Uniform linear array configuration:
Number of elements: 24
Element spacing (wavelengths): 0.25
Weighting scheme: cosine
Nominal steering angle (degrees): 15
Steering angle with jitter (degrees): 16.149
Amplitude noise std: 0.05
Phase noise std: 0.05

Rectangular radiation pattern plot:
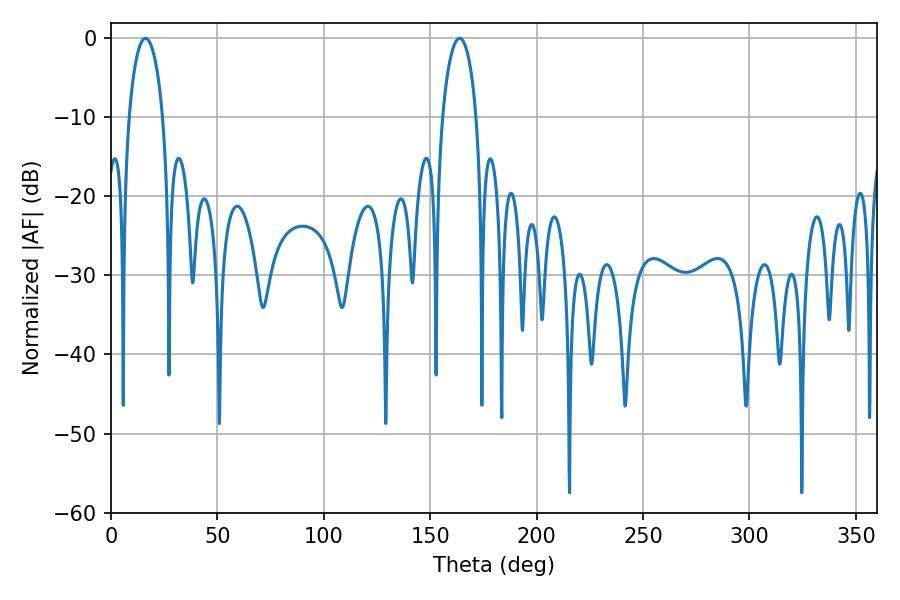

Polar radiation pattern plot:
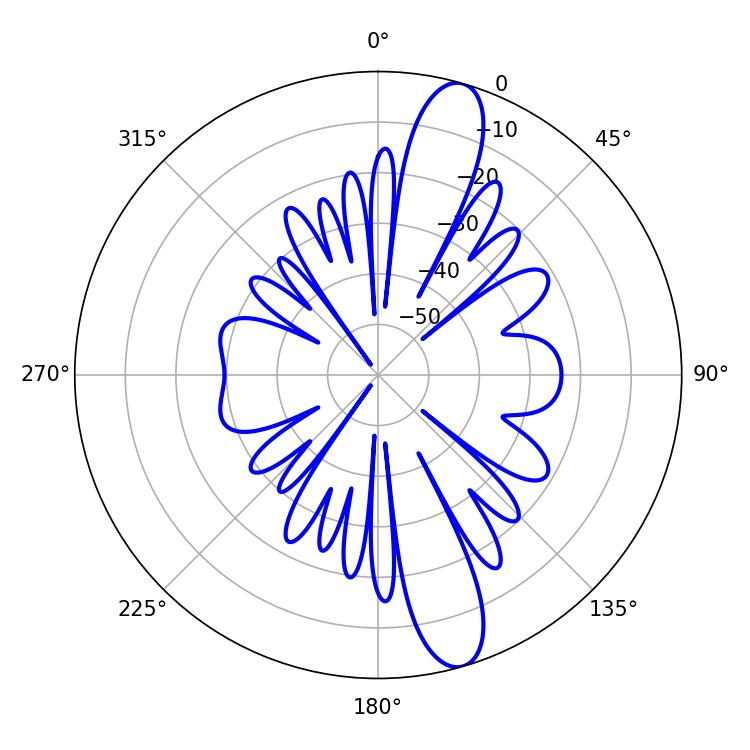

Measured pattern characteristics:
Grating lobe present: FALSE
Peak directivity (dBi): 13.055
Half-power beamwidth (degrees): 9.18
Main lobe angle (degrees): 16.2